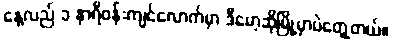
နေ့လည် ၁ နာရီဝန်းကျင်လောက်မှာ ဒီမော့ဆိုမြို့မှာပဲတွေ့တယ်။